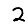
Digit: 2